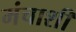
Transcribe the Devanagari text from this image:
मंचाशी